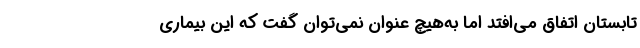
تابستان اتفاق می‌افتد اما به‌هیچ عنوان نمی‌توان گفت که این بیماری